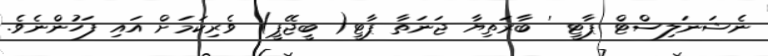
ނެޝަނަލިސްޓް ޕާޓީ ' ބާރަތިޔާ ޖަނަތާ ޕާޓީ( ބީޖޭޕީ) ވެރިކަަމަށް އައި ފަހުންނެވެ.